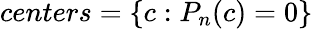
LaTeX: centers=\{ c:P_{n}(c)=0\}